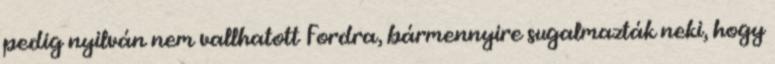
pedig nyilván nem vallhatott Fordra, bármennyire sugalmazták neki, hogy